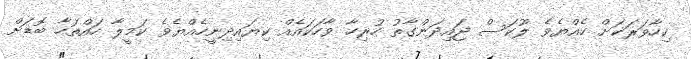
ކިހާވަރަކަށް ހެއްޔެވެ ލޫކަސް ޖައިދަންގާތު ހުރިހާ ވާހަކައެއް ކިޔައިދިނީހެއްޔެވެ ކަމީލާ ހައްތަހާ ބޮޑަށް